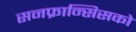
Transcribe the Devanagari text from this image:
सनफ्रान्सिसको